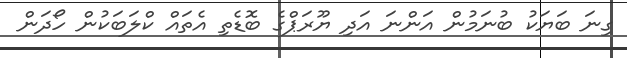
ގިނަ ބަޔަކު ބުނަމުން އަންނަ އަދި ޔޫރަޕްގެ ބޮޑެތި އެތައް ކްލަބަކުން ހޯދަން